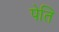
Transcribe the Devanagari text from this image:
पेति